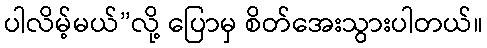
ပါလိမ့်မယ်”လို့ ပြောမှ စိတ်အေးသွားပါတယ်။